Leaving Certificate Examination (including Day School Certificate (Higher) General paper), 1926
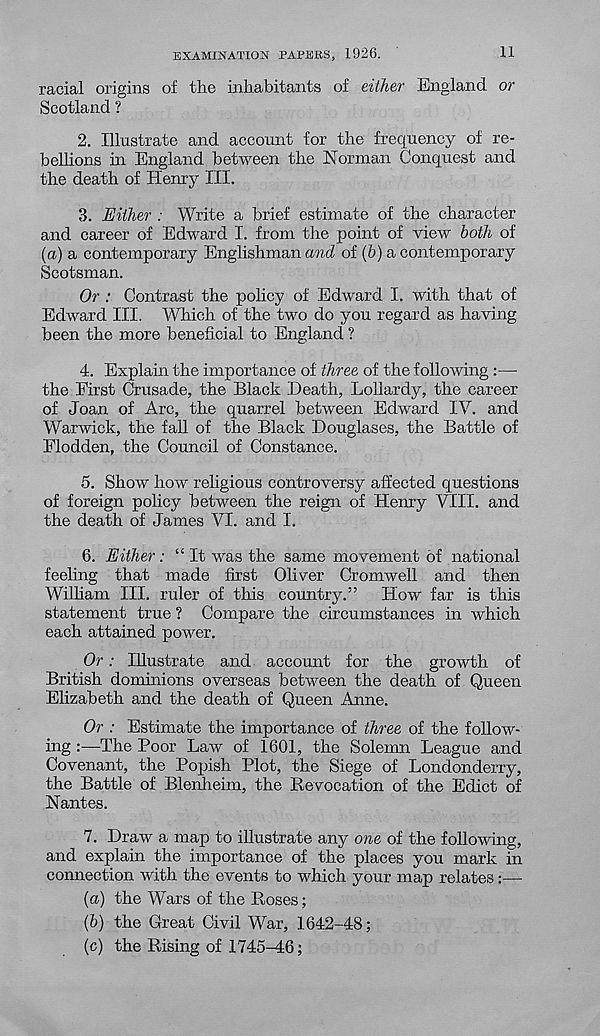
EXAMINATION PAPERS, 1926.
11
racial origins of the inhabitants of either England or
Scotland ?
2. Illustrate and account for the frequency of re-
bellions in England between the Norman Conquest and
the death of Henry III.
3. Either : Write a brief estimate of the character
and career of Edward I. from the point of view both of
(a)
a contemporary Englishman and of (&) a contempo
Scotsman.
Or : Contrast the policy of Edward I. with that of
Edward III. Which of the two do you regard as having
been the more beneficial to England ?
4. Explain the importance of three of the following :—
the First Crusade, the Black Death, Dollardy, the career
of Joan of Arc, the quarrel between Edward IV. and
Warwick, the fall of the Black Douglases, the Babtle of
Flodden, the Council of Constance.
5. Show how religious controversy affected questions
of foreign policy between the reign of Henry VIII. and
the death of James VI. and I.
6. Either: “It was the same movement of national
feeling that made first Oliver Cromwell and then
William III. ruler of this country.” How far is this
statement true ? Compare the circumstances in which
each attained power.
Or: Illustrate and account for the growth of
British dominions overseas between the death of Queen
Elizabeth and the death of Queen Anne.
Or : Estimate the importance of three of the follow-
ing :—The Poor Law of 1601, the Solemn League and
Covenant, the Popish Plot, the Siege of Londonderry,
the Battle of Blenheim, the Revocation of the Edict of
Nantes.
7. Draw a map to illustrate any one of the following,
and explain the importance of the places you mark in
connection with the events to which your map relates:—
(a) the Wars of the Roses;
(b) the Great Civil War, 1642-48;
(c) the Rising of 1745-46;